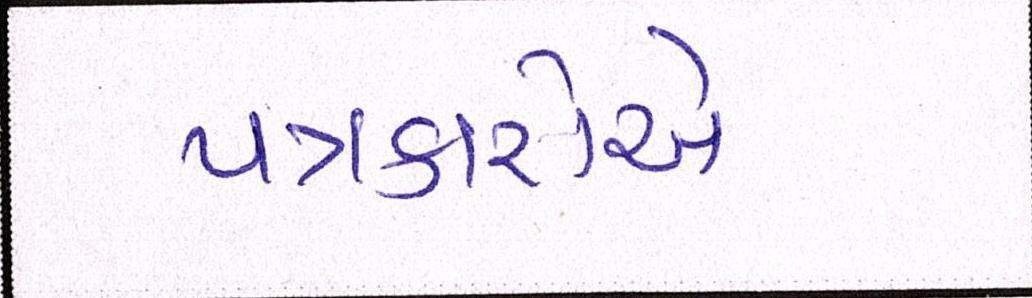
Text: પત્રકારોએ